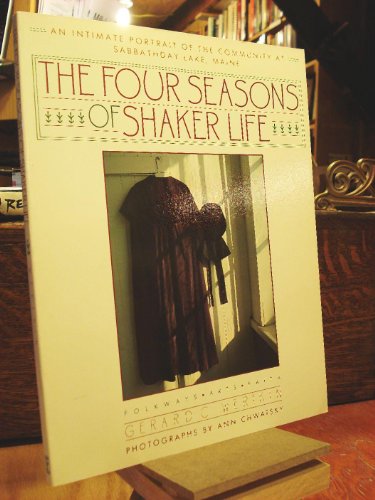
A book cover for The Four Seasons of Shaker Life: An Intimate Portrait of the Community at Sabbathday Lake (Last Shaker Community); Gerard C. Wertkin; Christian Books & Bibles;